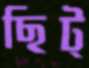
ছিট্‌